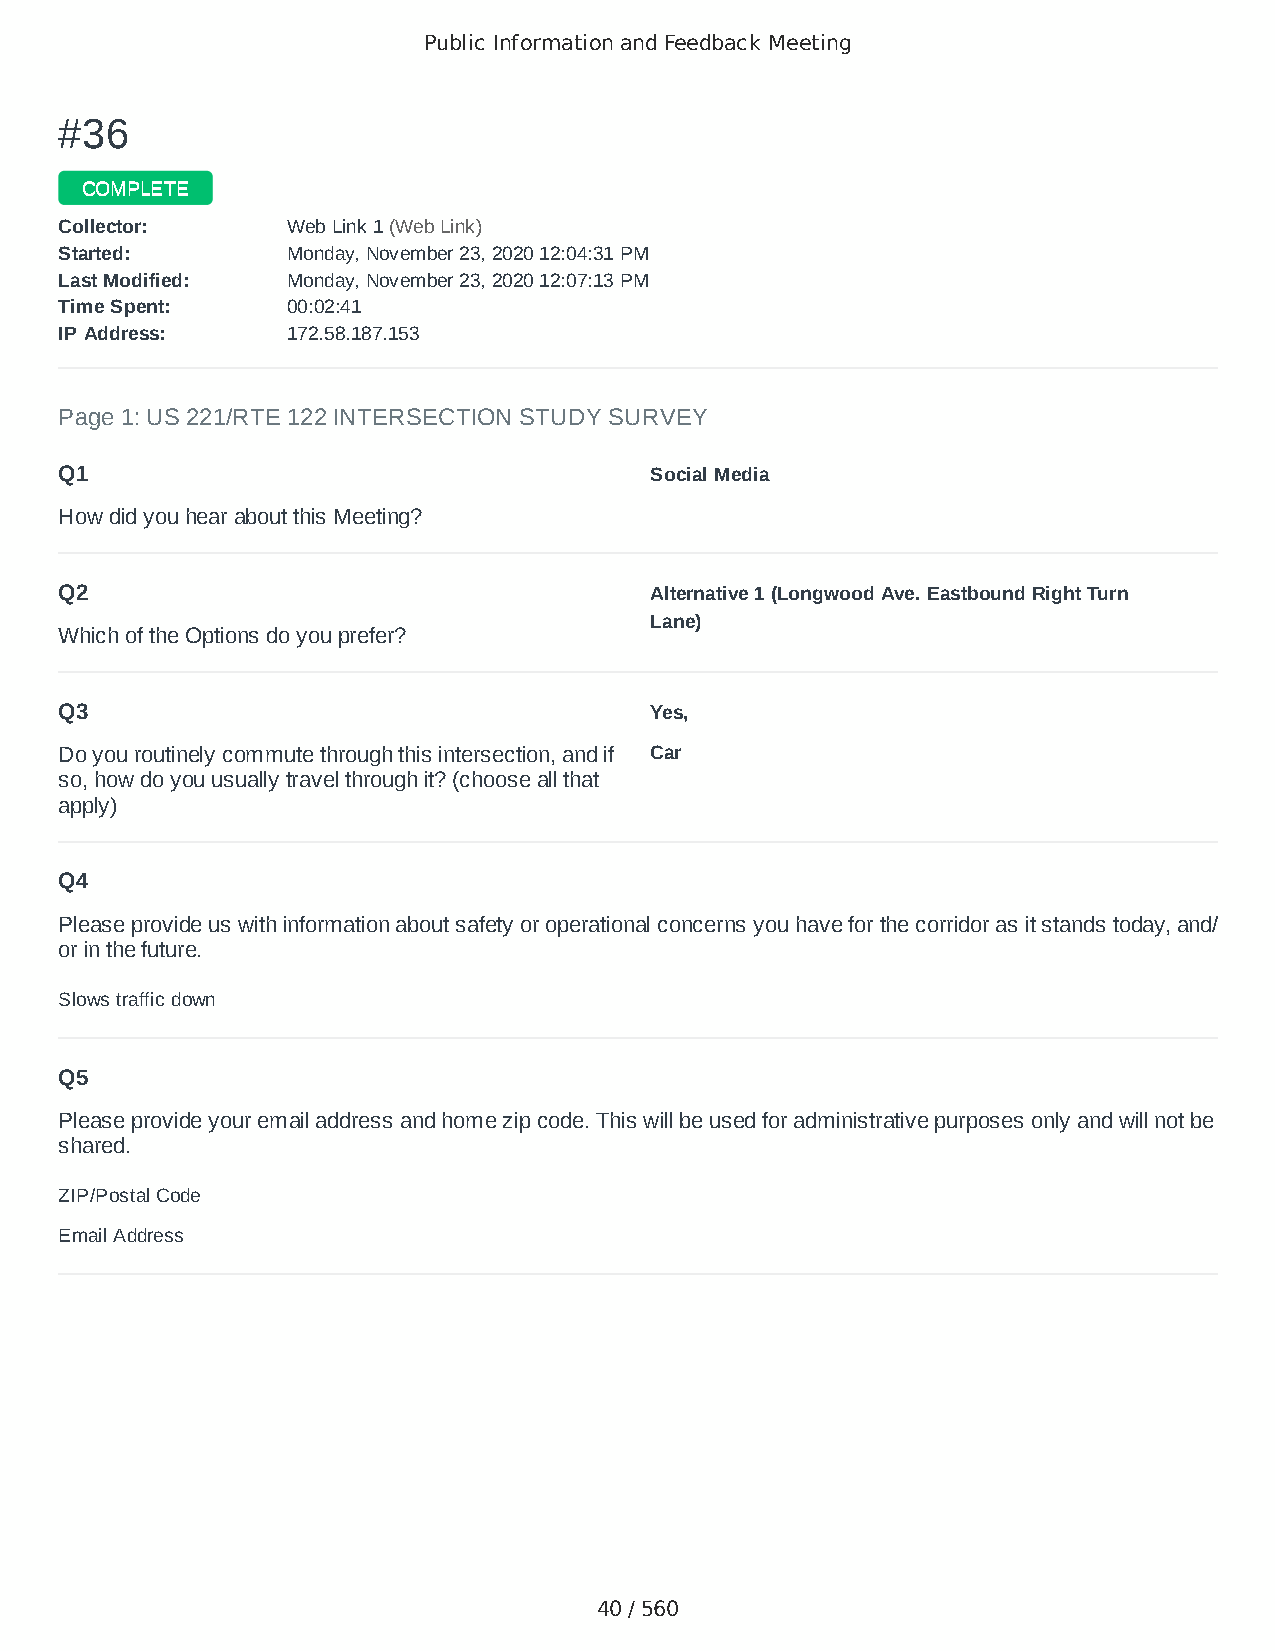
Public Information and Feedback Meeting
 ##3366
 CCOOMMPPLLEETTEE
 CCoolllleeccttoorr:: WWeebb LLiinnkk 11 ((WWeebb LLiinnkk))
 SSttaarrtteedd:: MMoonnddaayy,, NNoovveemmbbeerr 2233,, 22002200 1122::0044::3311 PPMM
 LLaasstt MMooddiiffiieedd:: MMoonnddaayy,, NNoovveemmbbeerr 2233,, 22002200 1122::0077::1133 PPMM
 TTiimmee SSppeenntt:: 0000::0022::4411
 IIPP AAddddrreessss:: 117722..5588..118877..115533
 Page 1: US 221/RTE 122 INTERSECTION STUDY SURVEY
 Q1                                     Social Media
 How did you hear about this Meeting?
 Q2                                     Alternative 1 (Longwood Ave. Eastbound Right Turn
 Lane)
 Which of the Options do you prefer?
 Q3                                     Yes,
 Do you routinely commute through this intersection, and if Car
 so, how do you usually travel through it? (choose all that
 apply)
 Q4
 Please provide us with information about safety or operational concerns you have for the corridor as it stands today, and/
 or in the future.
 Slows traffic down
 Q5
 Please provide your email address and home zip code. This will be used for administrative purposes only and will not be
 shared.
 ZIP/Postal Code                        24523
 Email Address                          dallascboyzfan@gmail.com
 40 / 560